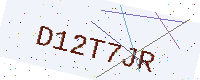
Text: D12T7JR